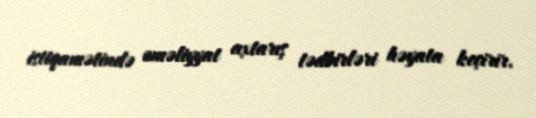
istiqamətində əməliyyat axtarış tədbirləri həyata keçirir.